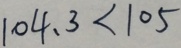
1 0 4 . 3 < 1 0 5